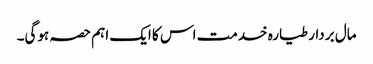
مال بردار طیارہ خدمت اس کا ایک اہم حصہ ہوگی۔